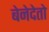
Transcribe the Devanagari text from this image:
बेनेदेतो